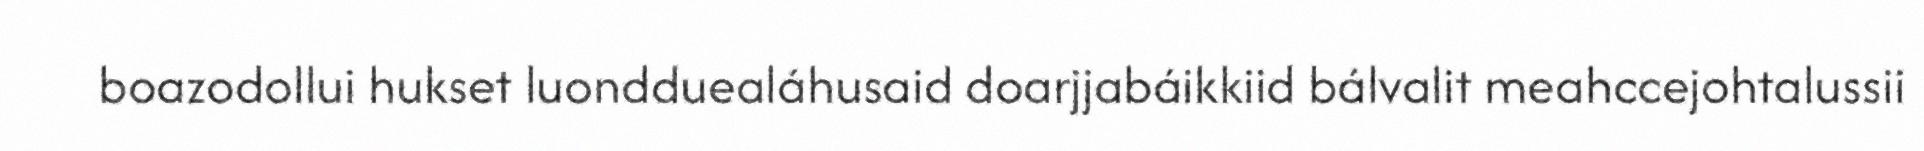
boazodollui hukset luondduealáhusaid doarjjabáikkiid bálvalit meahccejohtalussii